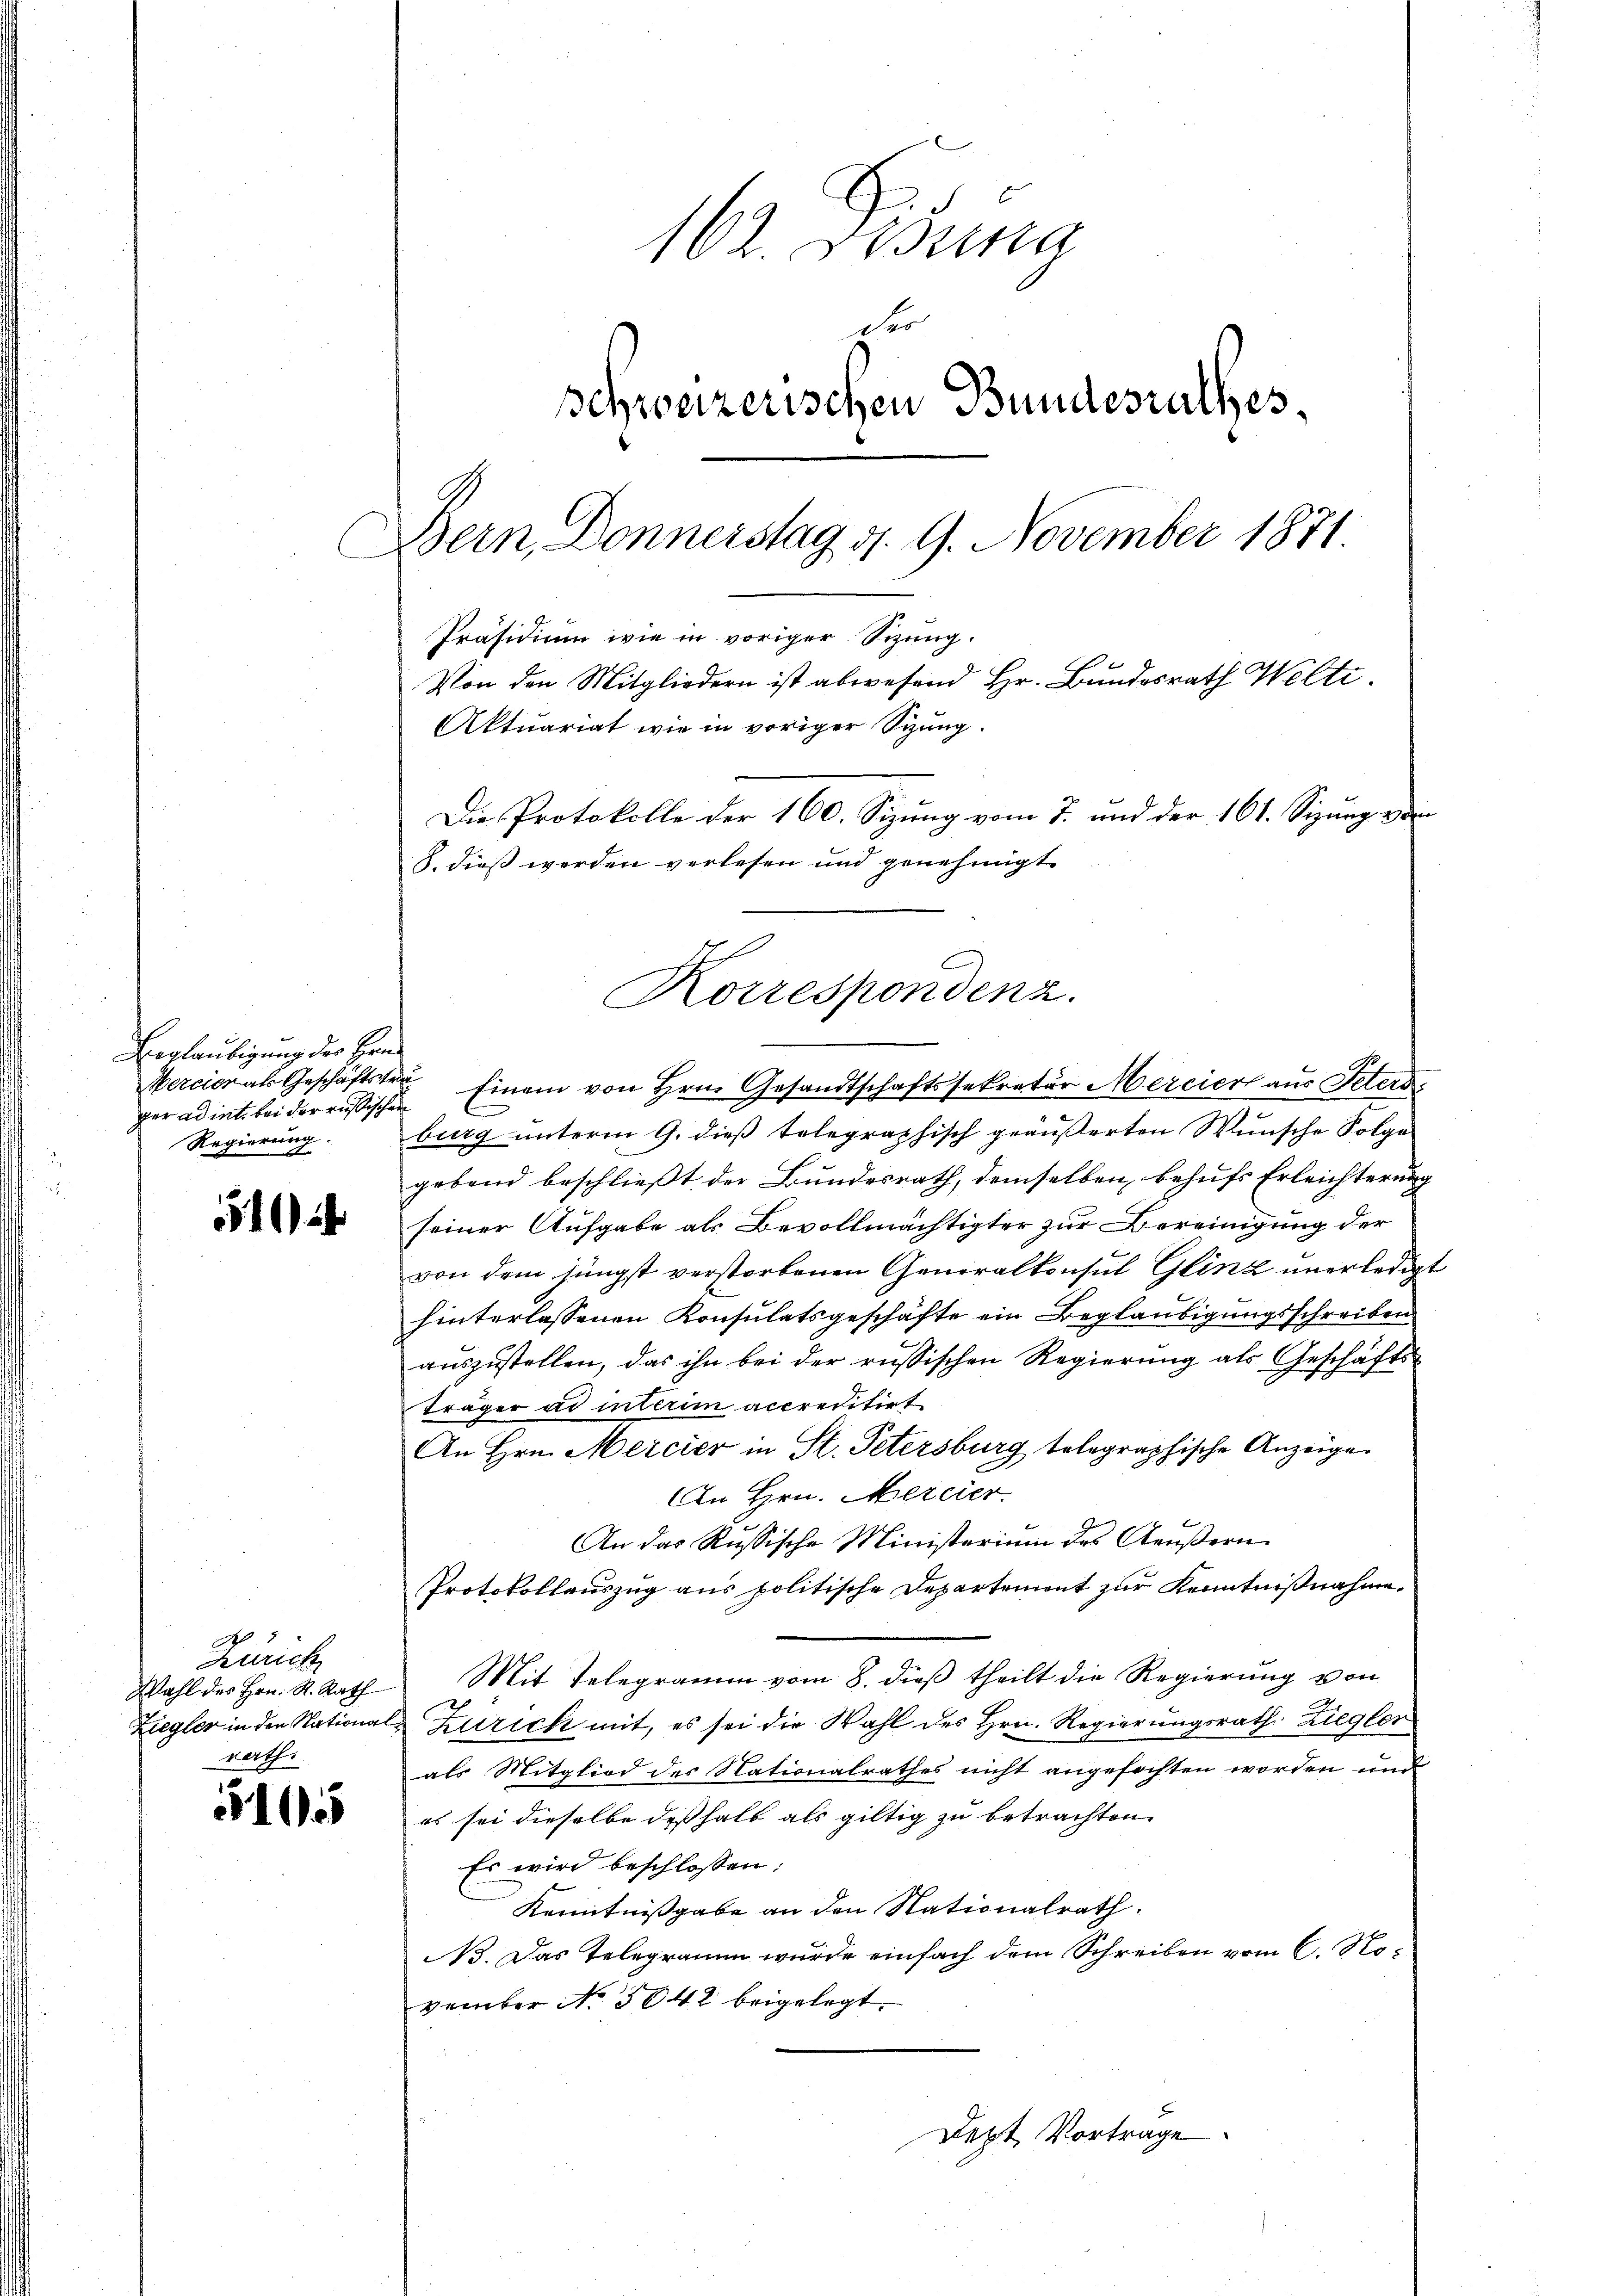
Vegläubigung der Hrn.
ger ad int. bei der russischen
Regierung.

514

5105

162. Disung
der
schweizerischen Bundesrathes,
Bern Donnerstag d. 9. November 1871.
Präsidium wie in voriger Sizung.
Von den Mitgliedern ist abwesend Hr. Bundesrath Welti.

Mercier als Geschäftste Einem von Hrn. Gesandtschaftssekretär Merciert aus Peters
burg unterm 9. dieß telegraphisch geäußerten Wunsche Folge
gebend beschließt der Bundesrath, demselben behufs Erleichterung
seiner Aufgabe als Bevollmächtigter zur Bereinigung der
von dem jüngst verstorbenen Generalkonsul Glinz unerledigt
hinterlassenen Konsulatsgeschäfte ein Beglaubigungsschreiben
auszustellen, das ihn bei der russischen Regierung als Geschäftsträger ad interim accreditirt
An Hrn. Mercier in St. Petersburg telegraphische Anzeige
An Hrn. Mercier.
An das Russische Ministerium des Aeußern
Protokollauszug aus politische Departement zur Kenntnißnahme
Wahl des Hrn. R. Rath Mit Telegramm vom 8. dieβ theilt die Regierŭng von
Ziegler in den National- Zürich mit, es sei die Wahl des Hrn. Regierungsrath Ziegler
als Mitglied des Nationalrathes nicht angefochten worden und
es sei dieselbe deßhalb als giltig zu betrachten.
Es wird beschlossen:
Kenntnißgabe an den Nationalrath.
. Das Telegramm wurde einfach dem Schreiben vom 6. November No 3842 beigelegt.

de
Zürich
rath.

Aktuariat wie in voriger Sizung.
Die Protokolle der 160. Sizung vom 7. und der 161. Sizung vo
S. dieß werden verlesen und genehmigt.
Korrespondenz.

Dept Vortrage